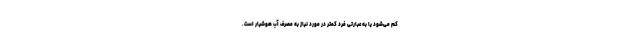
کم می‌شود یا به عبارتی فرد کمتر در مورد نیاز به مصرف آب هوشیار است.